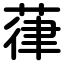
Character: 葎